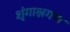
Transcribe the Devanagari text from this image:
शृंगाश्नगण